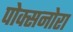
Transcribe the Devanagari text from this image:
पोक्सनोरा